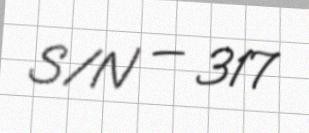
S/N — 317